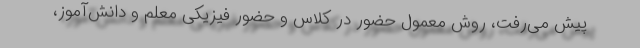
پیش می‌رفت، روش معمول حضور در کلاس و حضور فیزیکی معلم و دانش‌آموز،